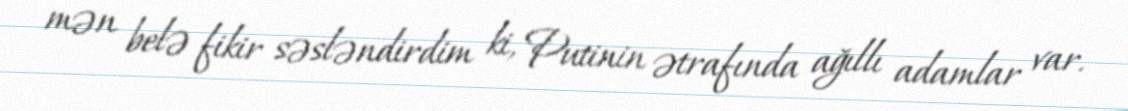
mən belə fikir səsləndirdim ki, Putinin ətrafında ağıllı adamlar var.